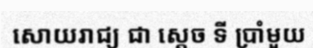
សោយរាជ្យ ជា ស្តេច ទី ប្រាំមួយ